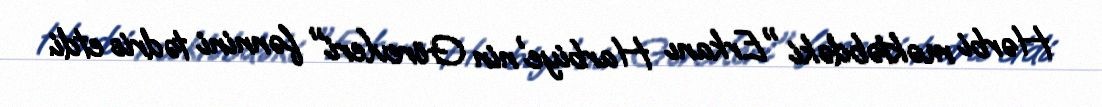
Hərbi məktəbdəki "Erkanı Harbiye'nin Görevleri" fənnini tədris etdi.